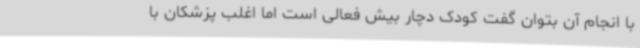
با انجام آن بتوان گفت کودک دچار بیش فعالی است اما اغلب پزشکان با